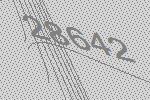
28642